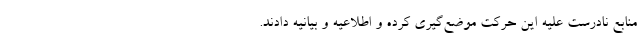
منابع نادرست علیه این حرکت موضع‌گیری کرده و اطلاعیه و بیانیه دادند.